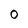
Character: 0